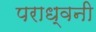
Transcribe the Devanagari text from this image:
पराध्वनी